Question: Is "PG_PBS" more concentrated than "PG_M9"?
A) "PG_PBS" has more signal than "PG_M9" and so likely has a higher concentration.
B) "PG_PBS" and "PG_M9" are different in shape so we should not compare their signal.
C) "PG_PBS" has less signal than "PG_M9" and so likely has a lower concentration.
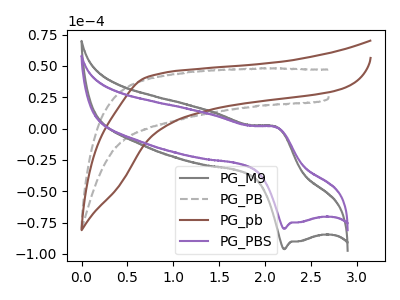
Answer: <think>The gray curve "PG_M9" has an anodic peak at (2.10V, 1.40uA) and a cathodic peak at (2.20V, -96.15uA). The gray dashed curve "PG_PB" has no peaks. The brown curve "PG_pb" has no peaks. The purple curve "PG_PBS" has an anodic peak at (2.10V, 1.15uA) and a cathodic peak at (2.20V, -79.95uA).
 All the peaks in "PG_PBS" have a peak in "PG_M9" at the same potential. Every peak in "PG_PBS" is lower than every peak in "PG_M9".</think>
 <answer>C) "PG_PBS" has less signal than "PG_M9" and so likely has a lower concentration.</answer>
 <eval>C</eval>